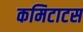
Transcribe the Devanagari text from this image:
कमिटाटस